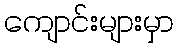
ကျောင်းများမှာ